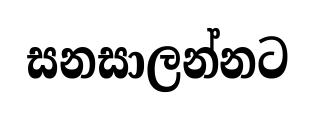
සනසාලන්නට